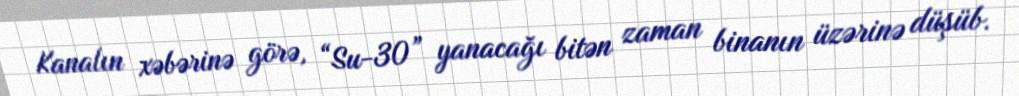
Kanalın xəbərinə görə, “Su-30” yanacağı bitən zaman binanın üzərinə düşüb.